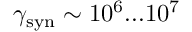
\gamma _ { \mathrm { s y n } } \sim 1 0 ^ { 6 } . . . 1 0 ^ { 7 }